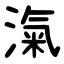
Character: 滊